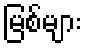
မြစ်များ